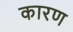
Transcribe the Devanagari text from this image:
कारण्‍ा